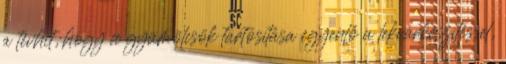
a tévhit, hogy a gyümölcsök tartósítása egyenlő a lekvárkészítéssel,